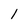
Character: 1